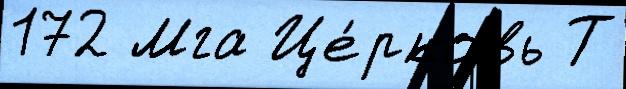
172 Мга Це́рковь Т